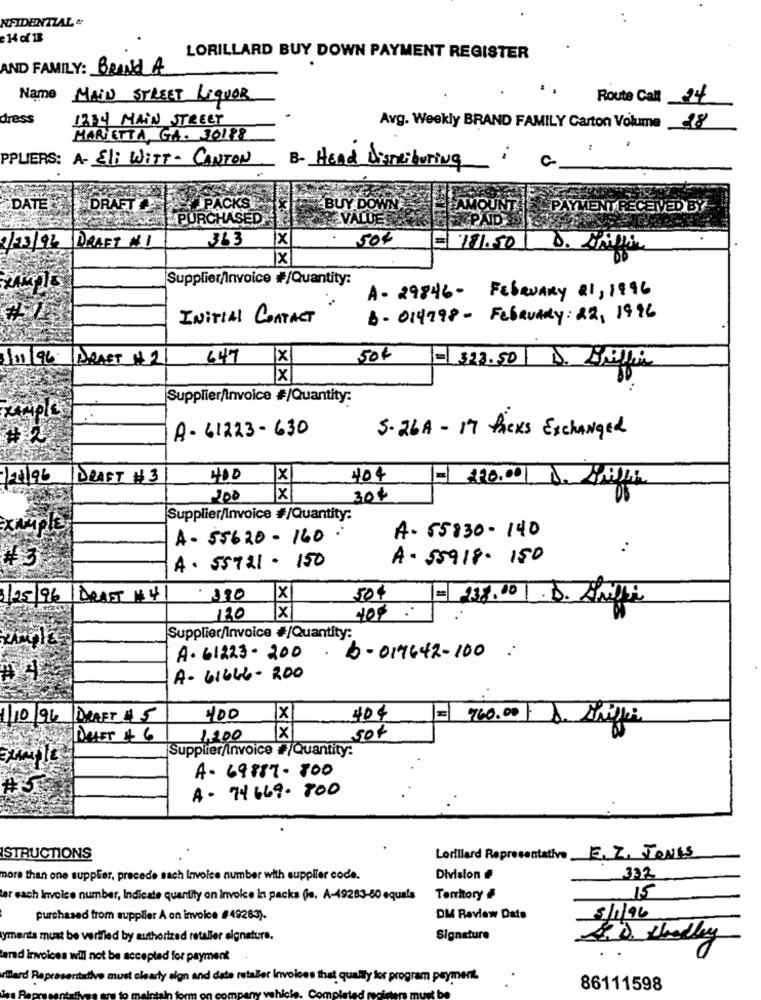
NFIDENTZAL #
LORILLARD BUY DOWN PAYMENT REGISTER
AND FAMILY: BRAND A
Name MAIN STREET LIQUOR
Route Call 24
dress
1234 MAIN STREET
Avg. Weekly BRAND FAMILY Carton Volume 18
MARIETTA, GA. 30188
PPLIERS: A- Eli WitT- CANTON
:
B- Head Disneiboring
DATE DRAFT
PACKS
BUY DOWN
EUAMOUNT : L PAYMENT RECENED BY
PURCHASED
VALUE
363
x
504
2/03/92 DRAFT #1
= 181.50 D. LAPLIN
Supplier/Invoice #/Quantity:
A- 29846- FEBRUARY 21, 1996
INITIAL CONTACT
B- 014798 - February: 22, 1996
111/96 DRAST # 2
647
X
50€
= 323.50 D. Dinishi
x
Supplier/Invoice #/Quantity:
A- 61223-630
5. 26A - 17 Packs Exchanged
1-21/96
DRAFT # 3
400
x
404
= 220.001 D.
200
x
30$
Supplier/Invoice #/Quantity:
A- 55830- 140
A- 55620-160
:
A- 55918- 150
¥ 3
A. 55721 - 150
31/25/96 | DRAST $4
x
50$
= 138.00 .D. Amilli
120 X
Supplier/Invoice #/Quantity:
.
A. 61223-200
6-017642-100 :
A4
A- 61646-200
1/10/96 DRAFT $ 5
400
X
404
= 760.00-S
DRIFT # 6
1.200
sor
Supplier/invoice #/Quantity:
A- 69887 - 800
#5
A- 74669-800
ISTRUCTIONS
Lorillard Representative
E. Z. JONES
more than one supplier, precede sach Invoice number with supplier code.
Division #
332
lar each Invoice number, Indicate quantity on invoice In packs (le. A-49283-80 equals
Territory &
15
purchased from supplier A on invoice #49283).
DM Review Date
5/1/96
yments must be verified by authorized retaller signature.
Signature
terad invoices wil not be accepted for payment
villard Representative must clearly sign and dete retailer invoices that qually for program payment.
86111598
Comple